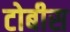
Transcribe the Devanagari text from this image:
टोबीस